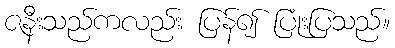
ဇနီးသည်ကလည်း ပြန်၍ ပြုံးပြသည်။